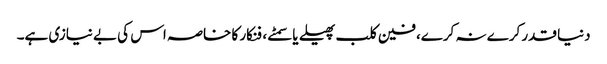
دنیا قدر کرے نہ کرے، فین کلب پھیلے یا سمٹے، فنکار کا خاصہ اس کی بے نیازی ہے۔